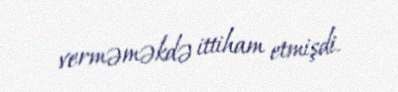
verməməkdə ittiham etmişdi.